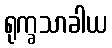
ရုက္ခသာခါယ